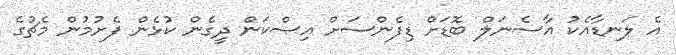
އެ ލަނޑާއެކު އާސެނަލް ބޮޑަށް ޑިފެންސަށް އިސްކަން ދީގެން ކުޅެން ފެށުމުން މެޗުގެ